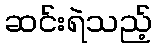
ဆင်းရဲသည့်